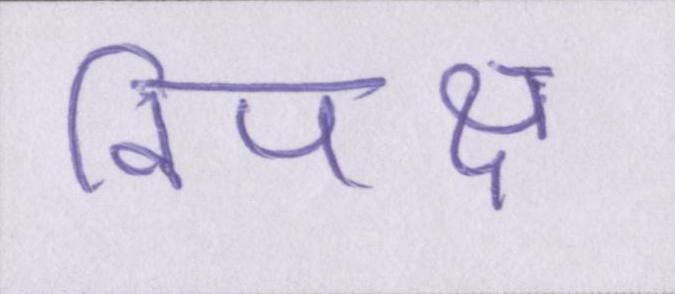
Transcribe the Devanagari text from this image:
विपक्ष